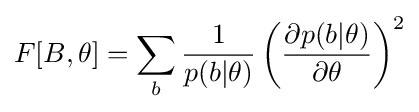
F[B,\theta ]=\sum _{b}{\frac {1}{p(b|\theta )}}\left({\frac {\partial p(b|\theta )}{\partial \theta }}\right)^{2}